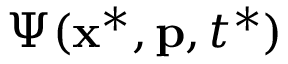
\Psi ( \mathbf { x } ^ { * } , \mathbf { p } , t ^ { * } )